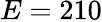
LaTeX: E=210